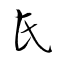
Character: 氏